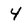
Character: 4